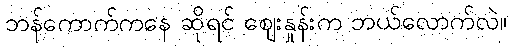
ဘန်ကောက်ကနေ ဆိုရင် ဈေးနှုန်းက ဘယ်လောက်လဲ။